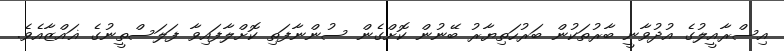
އިސްރާއީލުގެ އުދުވާނީ ބާރުތަކުން ބަރުހަތިޔާރު ބޭނުން ކޮށްގެން ސުންނާފަތި ކޮށްލާފައިވާ ފަލަސްތީނުގެ ޣައްޒާއެވެ.